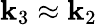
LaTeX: {\mathbf k}_{3}\approx{\mathbf k}_{2}